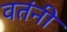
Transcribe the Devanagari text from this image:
वतंनी